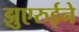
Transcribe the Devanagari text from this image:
झुएरुईने